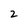
Character: 2